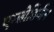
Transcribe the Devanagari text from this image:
एम्लोडिपीन